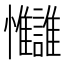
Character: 𢦄